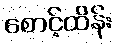
စောင့်ထိန်း